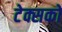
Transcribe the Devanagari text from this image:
टेक्सको